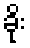
ခိုး